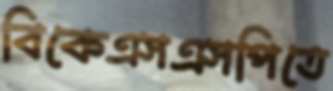
বিকেএসএসপিতে